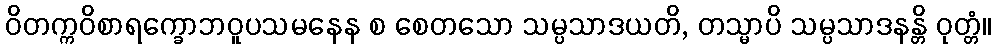
ဝိတက္ကဝိစာရက္ခောဘဝူပသမနေန စ စေတသော သမ္ပသာဒယတိ, တသ္မာပိ သမ္ပသာဒနန္တိ ဝုတ္တံ။